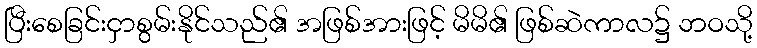
ပြီးစေခြင်းငှာစွမ်းနိုင်သည်၏ အဖြစ်အားဖြင့် မိမိ၏ ဖြစ်ဆဲကာလ၌ ဘဝသို့